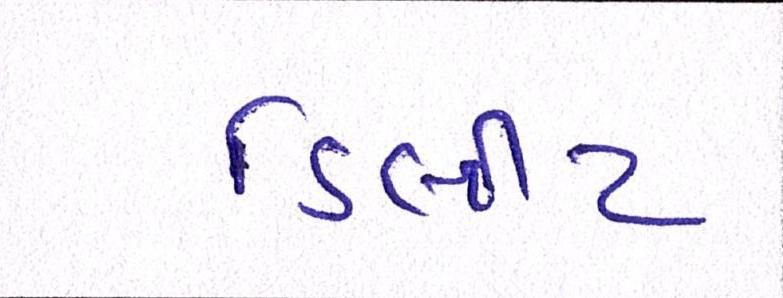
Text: ડિલીટ